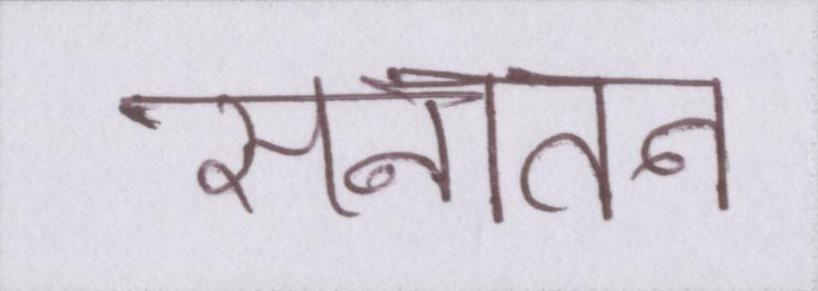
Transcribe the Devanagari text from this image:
सनातन